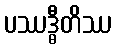
ပဿဒ္ဓီတိဿ